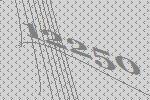
12250